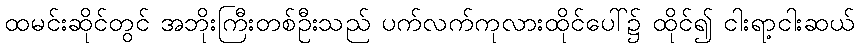
ထမင်းဆိုင်တွင် အဘိုးကြီးတစ်ဦးသည် ပက်လက်ကုလားထိုင်ပေါ်၌ ထိုင်၍ ငါးရာ့ငါးဆယ်